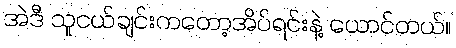
အဲဒီ သူငယ်ချင်းကတော့အိပ်ရင်းနဲ့ ယောင်တယ်။